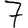
Digit: 7